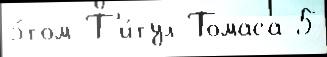
э́том Т'и́тул Томаса 5